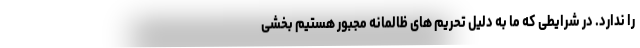
را ندارد. در شرایطی که ما به دلیل تحریم های ظالمانه مجبور هستیم بخشی